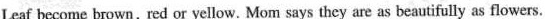
Leaf become brown,red or yellow. Mom says they are as beautifully as flowers.